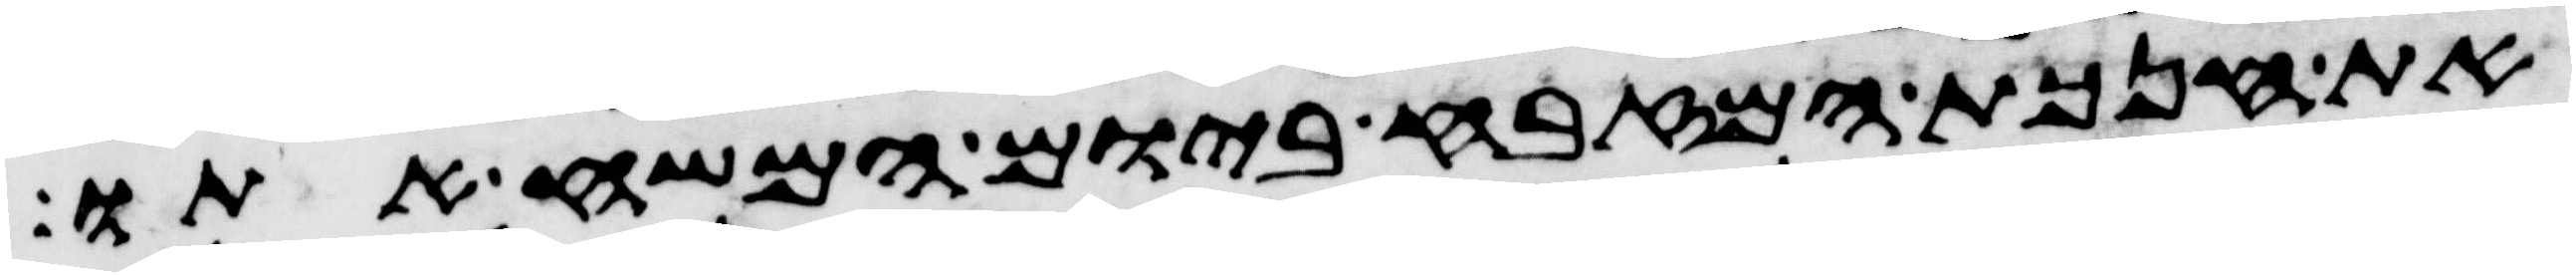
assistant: את חנכת המזבח ביום המשיח אתו